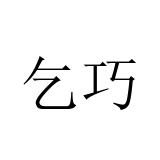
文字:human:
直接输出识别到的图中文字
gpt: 乞巧